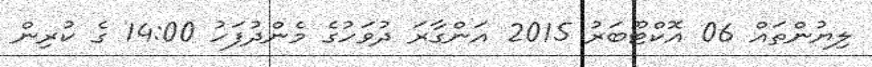
ލިޔުންތައް 06 އޮކްޓޫބަރު 2015 އަންގާރަ ދުވަހުގެ މެންދުފަހު 14:00 ގެ ކުރިން